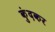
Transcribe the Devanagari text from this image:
कुंदकर